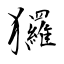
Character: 玀